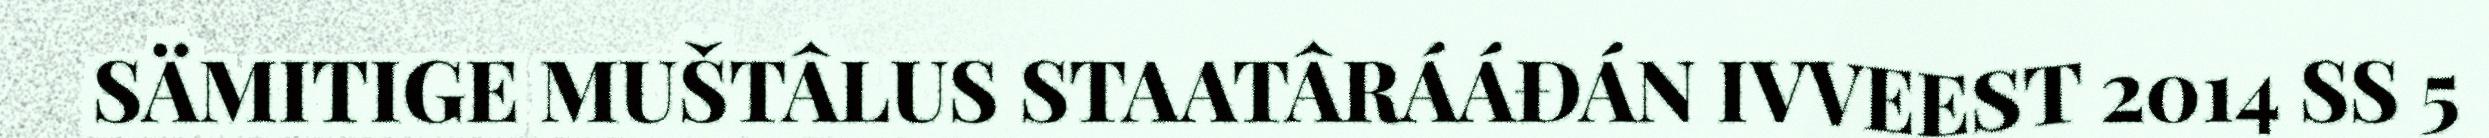
SÄMITIGE MUŠTÂLUS STAATÂRÁÁĐÁN IVVEEST 2014 SS 5